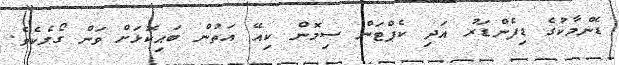
ޑެންމާކުގެ ޑިފެންޑަރު އަދި ކެޕްޓަން ސިމޮން ކިއޭ އަތުން ބައިކޮޅަށް ވަން ގޯލެކެވެ.